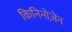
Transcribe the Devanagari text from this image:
किनिनोज़ेन